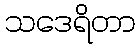
သဒေရိတာ